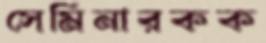
সেমিনারকক